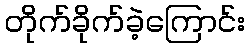
တိုက်ခိုက်ခဲ့ကြောင်း